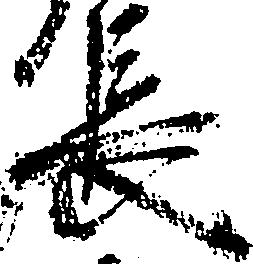
長